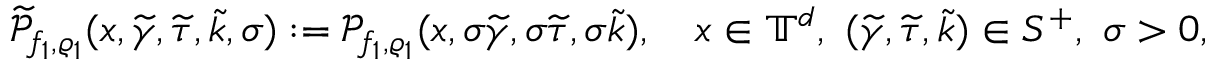
\begin{array} { r } { \widetilde { \mathscr { P } } _ { f _ { 1 } , \varrho _ { 1 } } ( x , \widetilde { \gamma } , \widetilde { \tau } , \widetilde { k } , \sigma ) : = \mathscr { P } _ { f _ { 1 } , \varrho _ { 1 } } ( x , \sigma \widetilde { \gamma } , \sigma \widetilde { \tau } , \sigma \widetilde { k } ) , \ \ \ x \in \mathbb T ^ { d } , \ ( \widetilde { \gamma } , \widetilde { \tau } , \widetilde { k } ) \in S ^ { + } , \ \sigma > 0 , } \end{array}